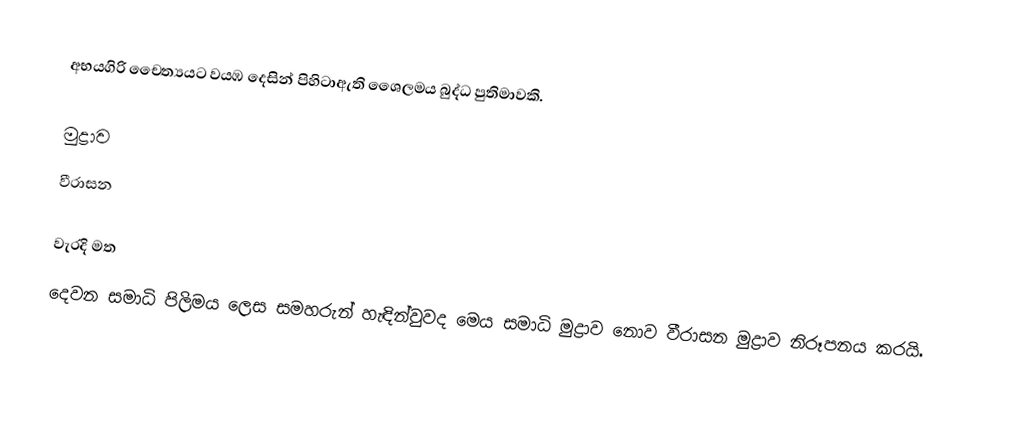
අභයගිරි චෛත්‍යයට වයඹ දෙසින් පිහිටාඇති ශෛලමය බුද්ධ පුතිමාවකි.

මුද්‍රාව
වීරාසන

වැරදි මත
දෙවන සමාධි පිලිමය ලෙස සමහරුන් හැඳින්වුවද මෙය සමාධි මුද්‍රාව නොව වීරාසන මුද්‍රාව නිරූපනය කරයි.